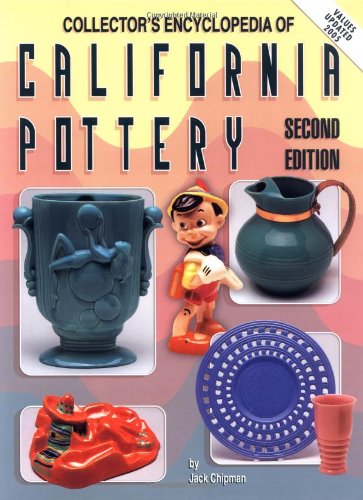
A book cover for Collectors Encyclopedia of California Pottery, 2nd Edition; Jack Chipman; Crafts, Hobbies & Home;